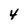
Character: 4